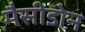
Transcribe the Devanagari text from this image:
मैसीडोन